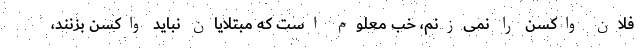
فلان واکسن را نمی‌زنم، خب معلوم است که مبتلایان نباید واکسن بزنند،